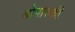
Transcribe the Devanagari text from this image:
बोगास्की